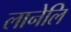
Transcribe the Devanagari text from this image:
लानेलि